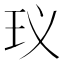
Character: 𮴂